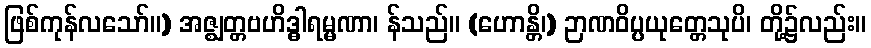
ဖြစ်ကုန်လသော်။) အဇ္ဈတ္တဗဟိဒ္ဓါရမ္မဏာ၊ န်သည်။ (ဟောန္တိ၊) ဉာဏဝိပ္ပယုတ္တေသုပိ၊ တို့၌လည်း။